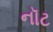
નૉટ